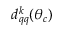
d _ { q q } ^ { k } ( \theta _ { c } )